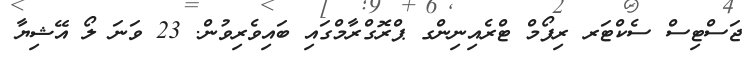
ޖަސްޓިސް ސެކްޓަރ ރިފޯމް ޓްރެއިނިންގ ޕްރޮގްރާމްގައި ބައިވެރިވުން. 23 ވަނަ ލޯ އޭޝިޔާ